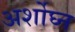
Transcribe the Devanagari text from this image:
अर्शोघ्न